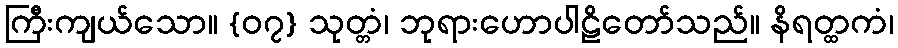
ကြီးကျယ်သော။ {၀၇} သုတ္တံ၊ ဘုရားဟောပါဠိတော်သည်။ နိရတ္ထကံ၊